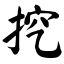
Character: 挖